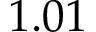
1 . 0 1